Civil Veterinary Department. Central Provinces & Berar 1932-41 - 1932-1941
Year: 1932
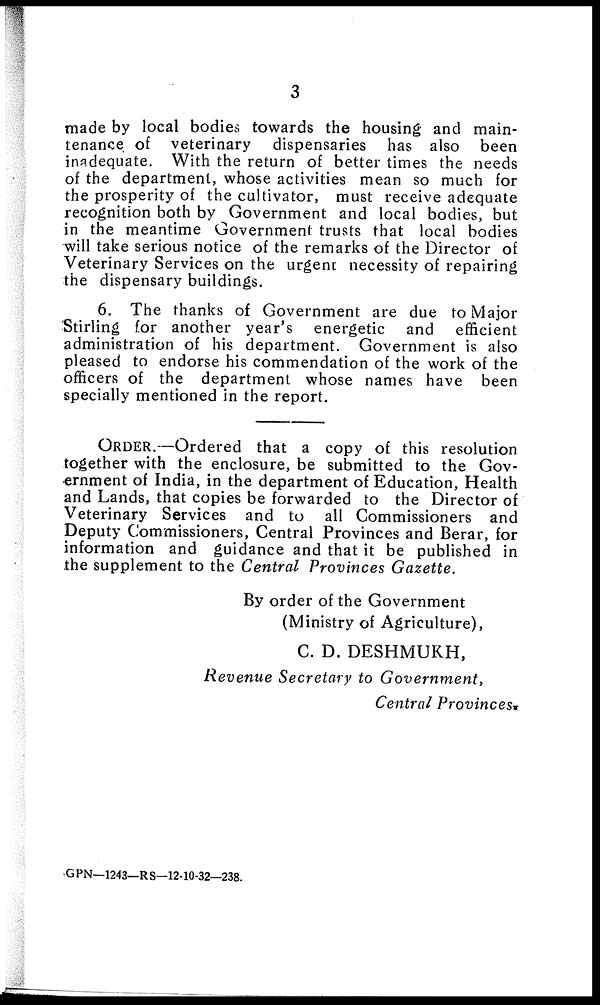
3
made by local bodies towards the housing and main-
tenance of veterinary dispensaries has also been
inadequate. With the return of better times the needs
of the department, whose activities mean so much for
the prosperity of the cultivator, must receive adequate
recognition both by Government and local bodies, but
in the meantime Government trusts that local bodies
will take serious notice of the remarks of the Director of
Veterinary Services on the urgent necessity of repairing
the dispensary buildings.
6. The thanks of Government are due to Major
Stirling for another year's energetic and efficient
administration of his department. Government is also
pleased to endorse his commendation of the work of the
officers of the department whose names have been
specially mentioned in the report.
ORDER.—Ordered that a copy of this resolution
together with the enclosure, be submitted to the Gov-
ernment of India, in the department of Education, Health
and Lands, that copies be forwarded to the Director of
Veterinary Services and to all Commissioners and
Deputy Commissioners, Central Provinces and Berar, for
information and guidance and that it be published in
the supplement to the Central Provinces Gazette.
By order of the Government
(Ministry of Agriculture),
C. D. DESHMUKH,
Revenue Secretary to Government,
Central Provinces.
GPN—1243—RS—12-10-32—238.